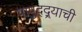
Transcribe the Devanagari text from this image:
पापुद्द्र्याची